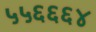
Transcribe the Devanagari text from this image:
५५६६६४